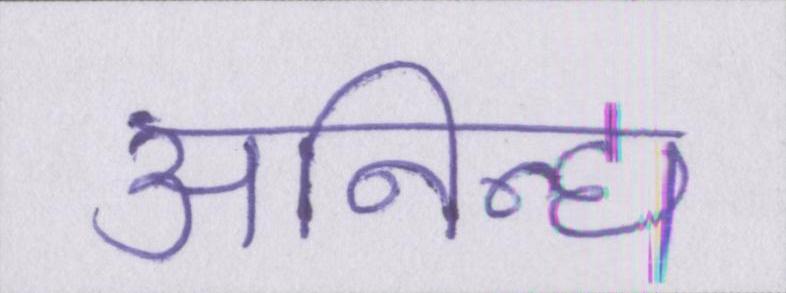
अनिन्द्य